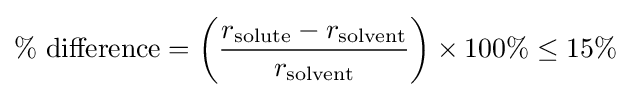
\%{\text{ difference}}=\left({\frac {r_{\text{solute}}-r_{\text{solvent}}}{r_{\text{solvent}}}}\right)\times 100\%\leq 15\%